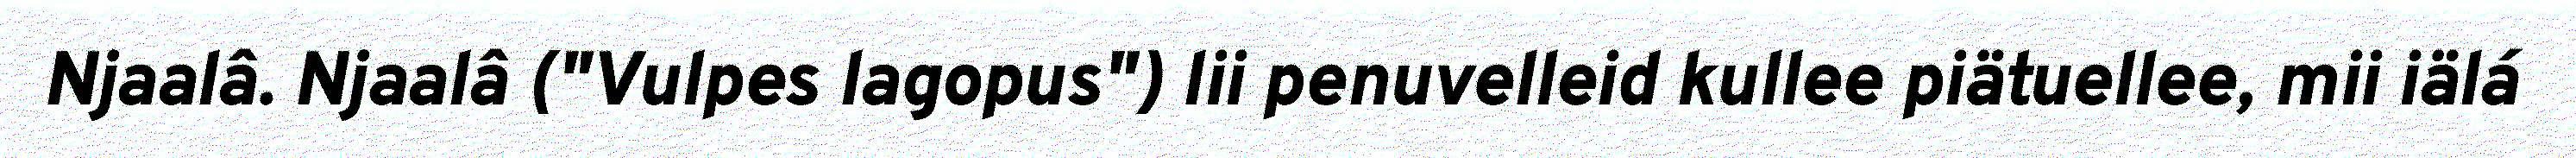
Njaalâ. Njaalâ ("Vulpes lagopus") lii penuvelleid kullee piätuellee, mii iälá